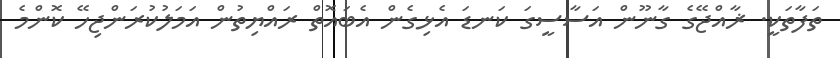
ތަފާތަކީ. ޜާއްޖޭގެ ގާނޫން އަސާސީގަ ކަނޑަ އެޅިގެން އެބައޮތް ރައްޔިތުން އަމަލުކުރަންޖިހޭ ކޮންމެ